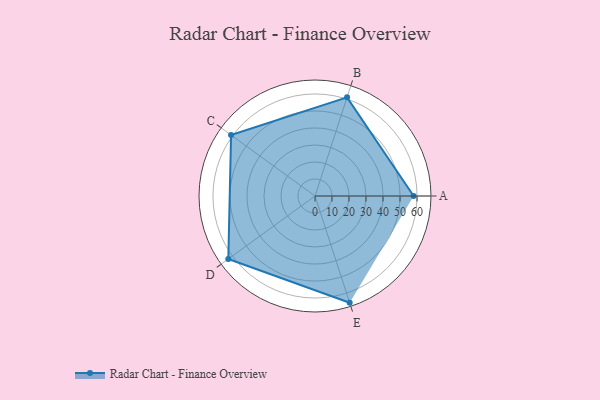
{"axis": {"x": "Skill", "y": "Score"}, "legend": ["Profile"], "data": [{"x": "A", "y": 58.0, "type": "Profile"}, {"x": "B", "y": 61.0, "type": "Profile"}, {"x": "C", "y": 61.0, "type": "Profile"}, {"x": "D", "y": 63.0, "type": "Profile"}, {"x": "E", "y": 66.0, "type": "Profile"}]}